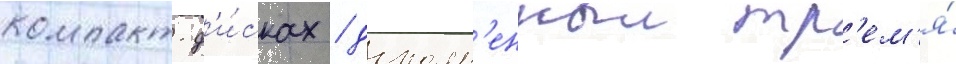
компакт-д'и́сках / дополн'енныи тр'ем'я́